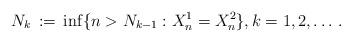
LaTeX: \begin{align*}N_k\, := \,\inf \{ n > N_{k-1} : X_n^1 = X_n^2 \}, k = 1, 2, \dots \, .\end{align*}